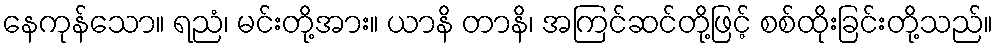
နေကုန်သော။ ရညံ၊ မင်းတို့အား။ ယာနိ တာနိ၊ အကြင်ဆင်တို့ဖြင့် စစ်ထိုးခြင်းတို့သည်။